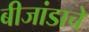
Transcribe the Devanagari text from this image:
बीजांडाचे